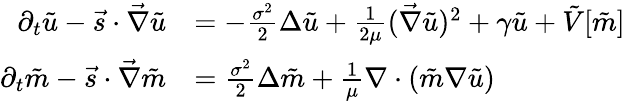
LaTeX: \begin{array}{rl}{\partial_{t}\tilde{u}-\vec{s}\cdot\vec{\nabla}\tilde{u}}&{=-\frac{\sigma^{2}}{2}\Delta{\tilde{u}}+\frac{1}{2\mu}(\vec{\nabla}\tilde{u})^{2}+\gamma\tilde{u}+\tilde{V}[\tilde{m}]}\\ {\partial_{t}\tilde{m}-\vec{s}\cdot\vec{\nabla}\tilde{m}}&{=\frac{\sigma^{2}}{2}\Delta\tilde{m}+\frac{1}{\mu}\nabla\cdot(\tilde{m}\nabla\tilde{u})}\end{array}